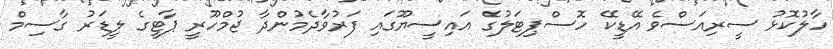
ހާލުކޮޅު ސީރިއަސްވެ އޭޑީކޭ ހޮސްޕިޓަލުގެ އައިސީޔޫގައި ފަރުވާދެމުންދާ ޖުމްހޫރީ ޕާޓީގެ ލީޑަރު ގާސިމް